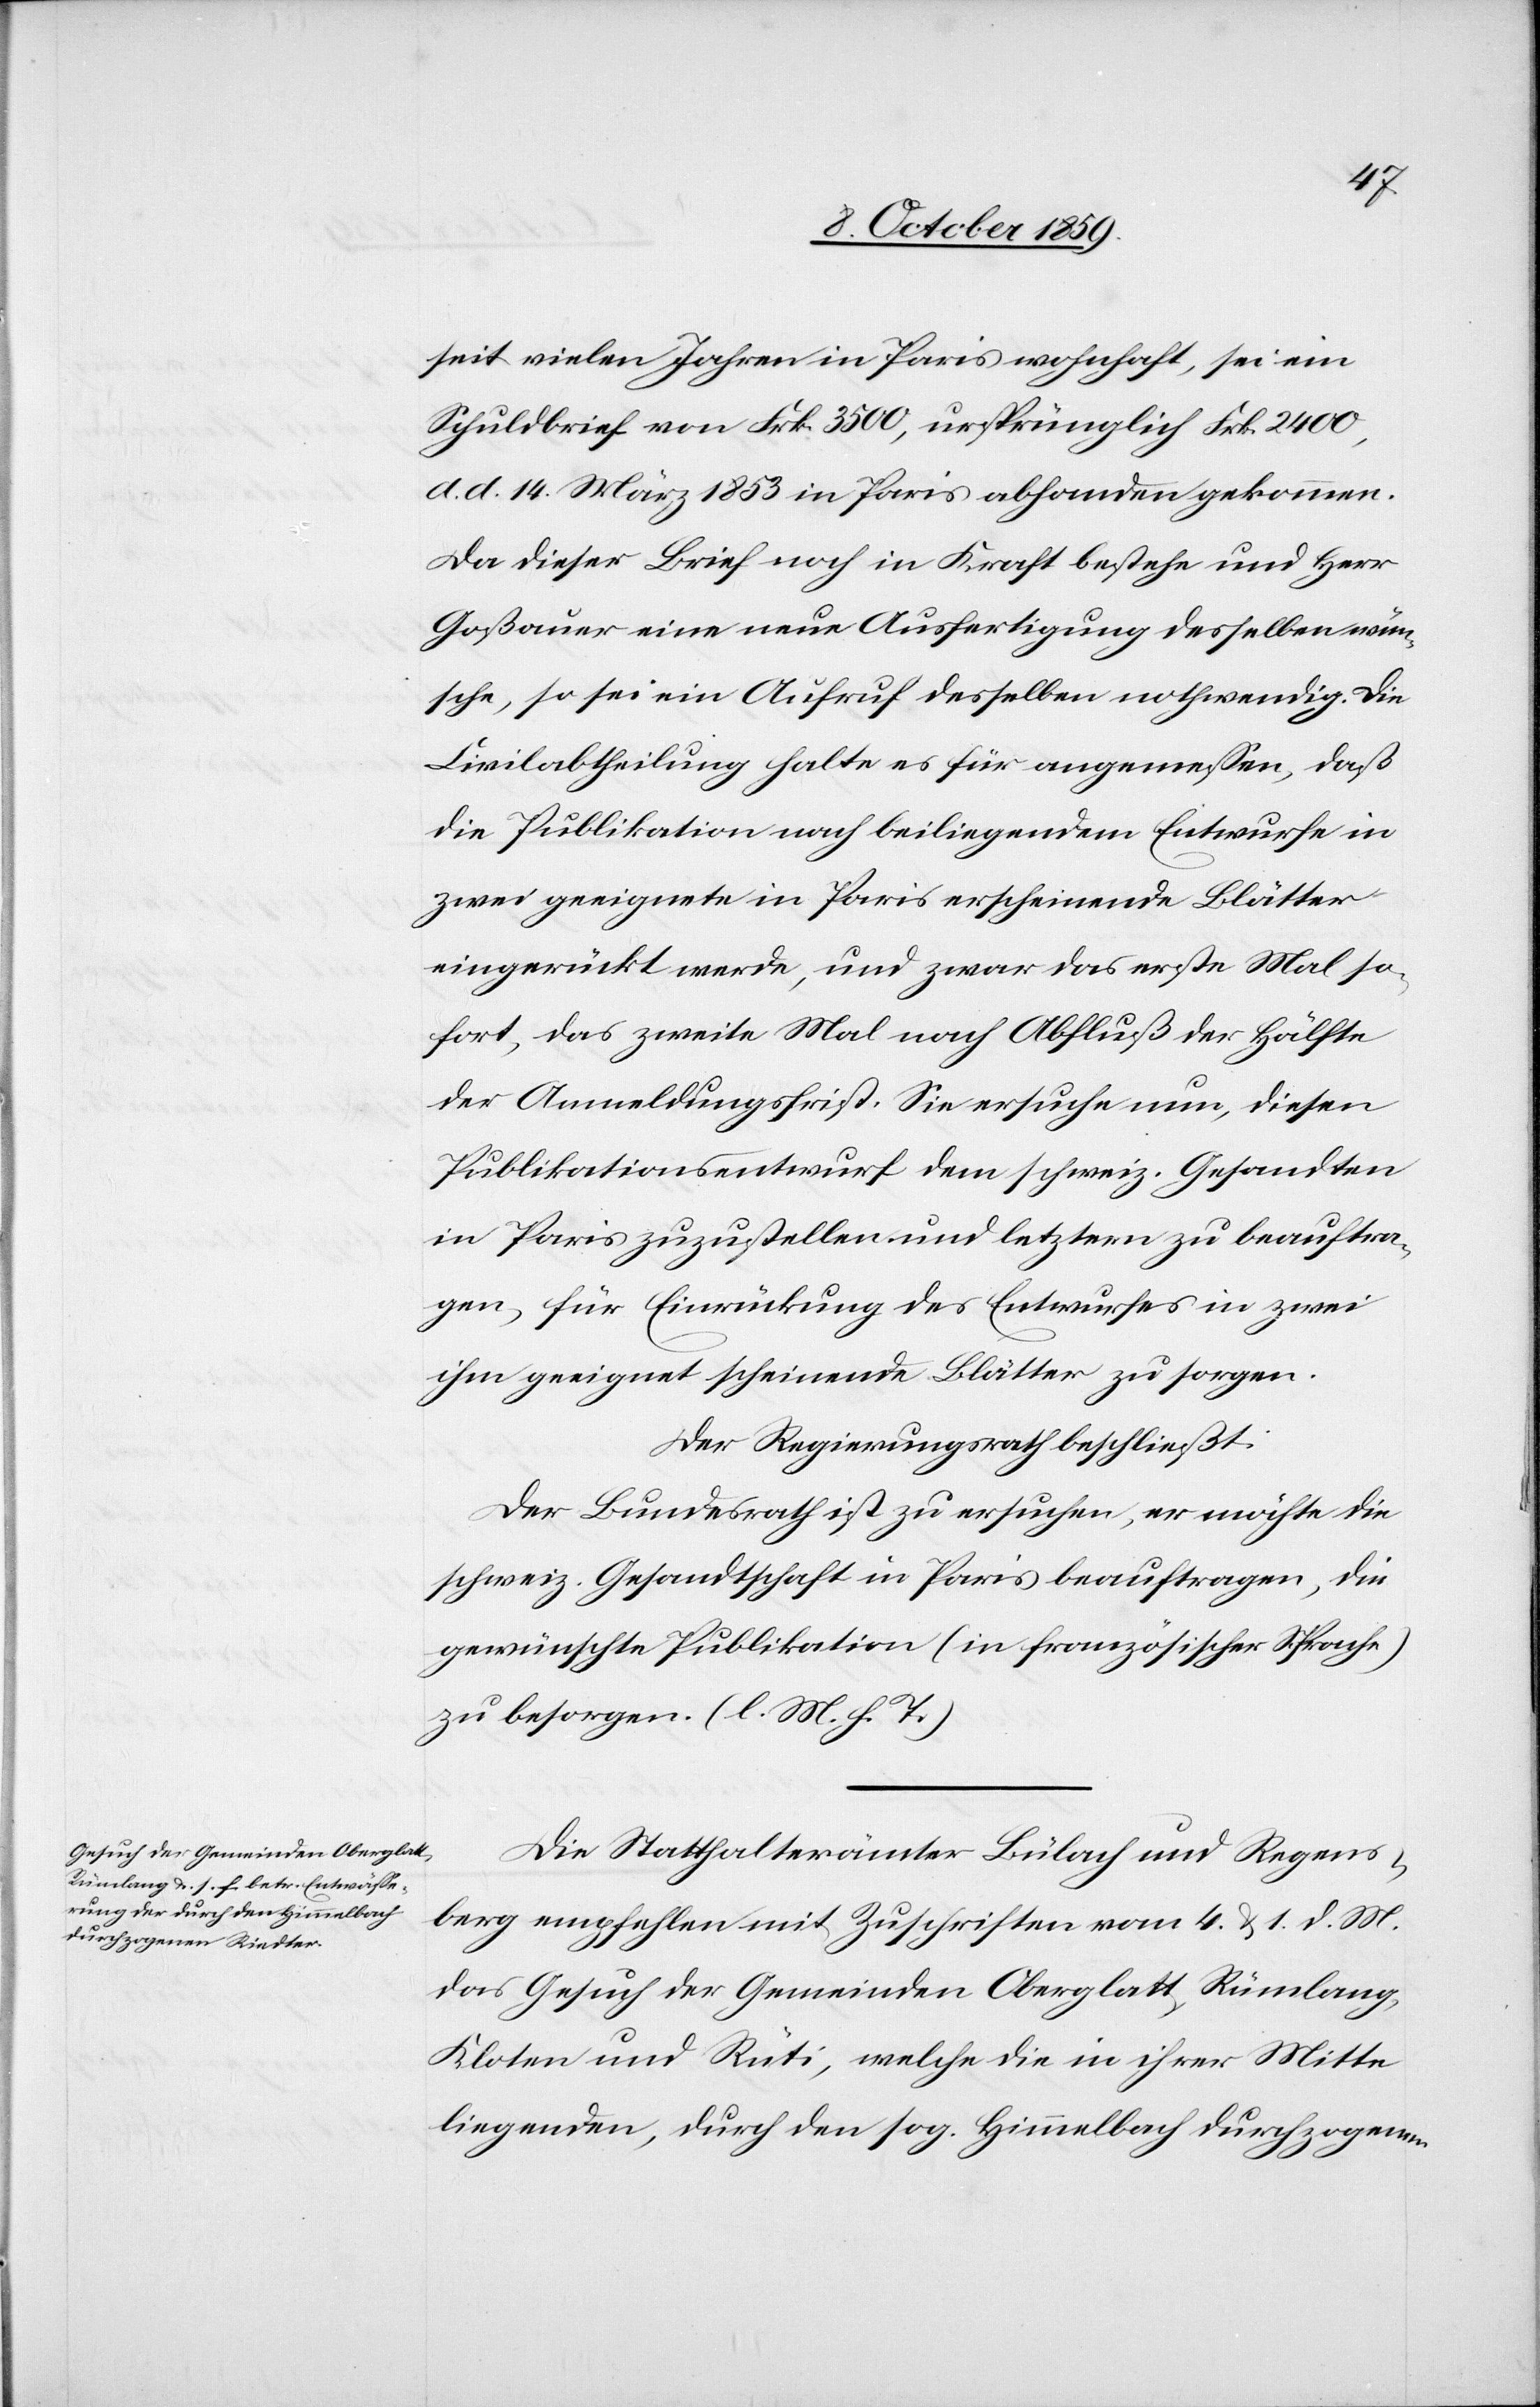
seit vielen Jahren in Paris wohnhaft, sei ein
Schuldbrief von Frk. 3500, ursprünglich Frk. 2400,
d. d. 14. März 1853 in Paris abhanden gekommen.
Da dieser Brief noch in Kraft bestehe und Herr
Goßauer eine neue Ausfertigung desselben wün¬
sche, so sei ein Aufruf desselben nothwendig. Die
Civilabtheilung halte es für angemessen, daß
die Publikation nach beiliegendem Entwurfe in
zwei geeignete in Paris erscheinende Blätter
eingerückt werde, und zwar das erst Mal so¬
fort, das zweite Mal nach Abfluß der Hälfte
der Anmeldungsfrist. Sie ersuche nun, diesen
Publikationsentwurf dem schweiz. Gesandten
in Paris zuzustellen und letztern zu beauftra¬
gen, für Einrückung des Entwurfs in zwei
ihm geeignet scheinende Blätter zu sorgen.
Der Regierungsrath beschließt:
Der Bundesrath ist zu ersuchen, er möchte die
schweiz. Gesandtschaft in Paris beauftragen, die
gewünschte Publikation (in französischer Sprache)
zu besorgen. (l. M. h. T.)
Die Statthalterämter Bülach und Regens¬
berg empfehlen mit Zuschriften vom 4. & 1. d. M.
das Gesuch der Gemeinden Oberglatt, Rümlang,
Kloten und Rüti, welche die in ihrer Mitte
liegenden, durch den sog. Himmelbach durchzogenen